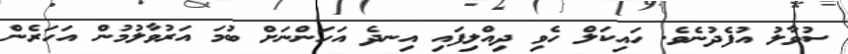
ސުވާލު އުފެދުނެވެ. ހައިކަލް ހެވި ދިއްލިފައި އިނދެ އަހަންނަށް ބުމަ އަރުވާލުމުން އަހަރެން